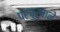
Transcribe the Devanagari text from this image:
परपुरुषाने